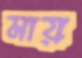
মায়